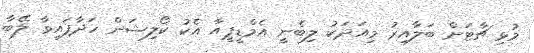
މުޅި ޗާޓަށް ބަލާއިރު މިއަދަކު ލިބެނީ އެމްޑީޕީއާ އެކު ކޯލިޝަން ހަދާފައިވާ ލޭބާ